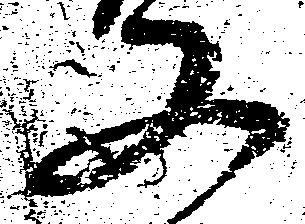
又